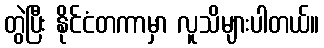
တွဲပြီး နိုင်ငံတကာမှာ လူသိများပါတယ်။